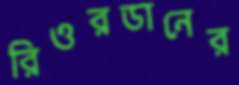
রিওরডানের